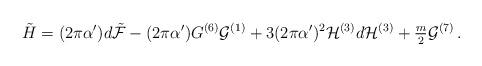
LaTeX: \begin{align*}\tilde{H}=(2\pi\alpha^{\prime})d\tilde{\cal F}-(2\pi\alpha^{\prime}) G^{(6)}{\cal G}^{(1)}+3(2\pi\alpha^{\prime})^{2}{\cal H}^{(3)}d{\cal H}^{(3)}+{\textstyle\frac{m}{2}}{\cal G}^{(7)}\, .\end{align*}